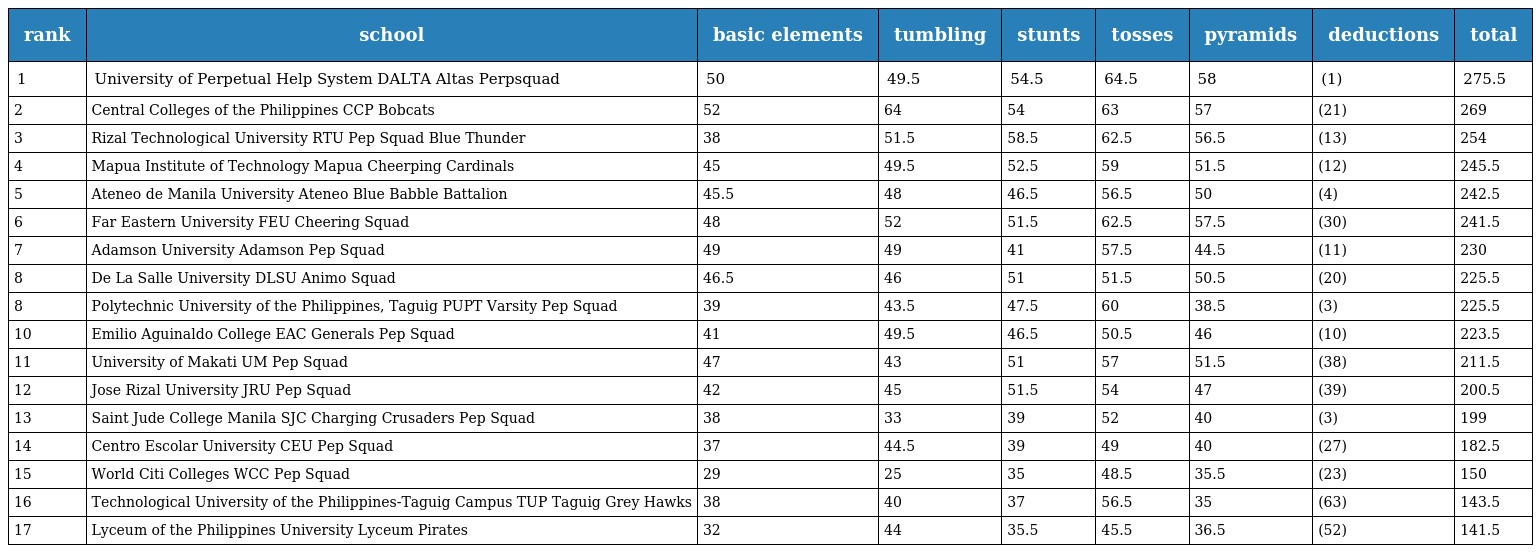
| rank | school | basic elements | tumbling | stunts | tosses | pyramids | deductions | total |
 | --- | --- | --- | --- | --- | --- | --- | --- | --- |
 | 1 | University of Perpetual Help System DALTA Altas Perpsquad | 50 | 49.5 | 54.5 | 64.5 | 58 | (1) | 275.5 |
 | 2 | Central Colleges of the Philippines CCP Bobcats | 52 | 64 | 54 | 63 | 57 | (21) | 269 |
 | 3 | Rizal Technological University RTU Pep Squad Blue Thunder | 38 | 51.5 | 58.5 | 62.5 | 56.5 | (13) | 254 |
 | 4 | Mapua Institute of Technology Mapua Cheerping Cardinals | 45 | 49.5 | 52.5 | 59 | 51.5 | (12) | 245.5 |
 | 5 | Ateneo de Manila University Ateneo Blue Babble Battalion | 45.5 | 48 | 46.5 | 56.5 | 50 | (4) | 242.5 |
 | 6 | Far Eastern University FEU Cheering Squad | 48 | 52 | 51.5 | 62.5 | 57.5 | (30) | 241.5 |
 | 7 | Adamson University Adamson Pep Squad | 49 | 49 | 41 | 57.5 | 44.5 | (11) | 230 |
 | 8 | De La Salle University DLSU Animo Squad | 46.5 | 46 | 51 | 51.5 | 50.5 | (20) | 225.5 |
 | 8 | Polytechnic University of the Philippines, Taguig PUPT Varsity Pep Squad | 39 | 43.5 | 47.5 | 60 | 38.5 | (3) | 225.5 |
 | 10 | Emilio Aguinaldo College EAC Generals Pep Squad | 41 | 49.5 | 46.5 | 50.5 | 46 | (10) | 223.5 |
 | 11 | University of Makati UM Pep Squad | 47 | 43 | 51 | 57 | 51.5 | (38) | 211.5 |
 | 12 | Jose Rizal University JRU Pep Squad | 42 | 45 | 51.5 | 54 | 47 | (39) | 200.5 |
 | 13 | Saint Jude College Manila SJC Charging Crusaders Pep Squad | 38 | 33 | 39 | 52 | 40 | (3) | 199 |
 | 14 | Centro Escolar University CEU Pep Squad | 37 | 44.5 | 39 | 49 | 40 | (27) | 182.5 |
 | 15 | World Citi Colleges WCC Pep Squad | 29 | 25 | 35 | 48.5 | 35.5 | (23) | 150 |
 | 16 | Technological University of the Philippines-Taguig Campus TUP Taguig Grey Hawks | 38 | 40 | 37 | 56.5 | 35 | (63) | 143.5 |
 | 17 | Lyceum of the Philippines University Lyceum Pirates | 32 | 44 | 35.5 | 45.5 | 36.5 | (52) | 141.5 |